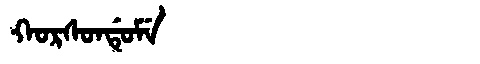
Manchu: ᡴᠣᡵᠰᠣᠨᡩᡠᠮᡝ
Romanization: KORSONDUME